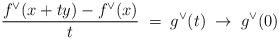
LaTeX: \begin{align*}\frac{f^\vee(x+ty)-f^\vee(x)}{t}\;=\;g^\vee(t)\;\to\; g^\vee(0)\end{align*}